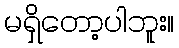
မရှိတော့ပါဘူး။